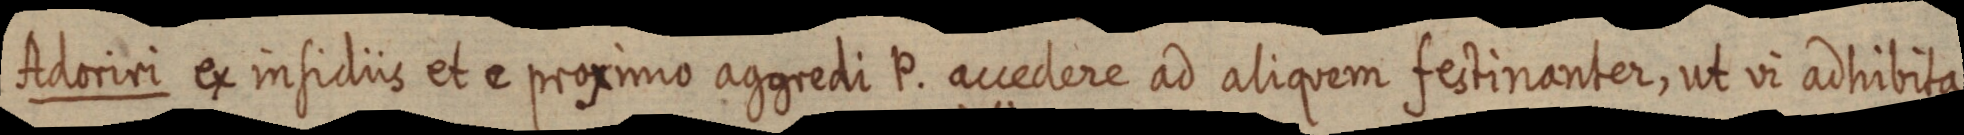
Adoriri ex insidiis et e proximo aggredi P. accedere ad aliquem festinanter, ut vi adhibita